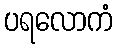
ပရလောကံ